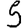
Digit: 5